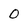
Character: 0